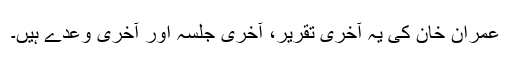
عمران خان کی یہ آخری تقریر، آخری جلسہ اور آخری وعدے ہیں۔